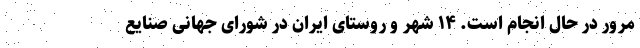
مرور در حال انجام است. ۱۴ شهر و روستای ایران در شورای جهانی صنایع